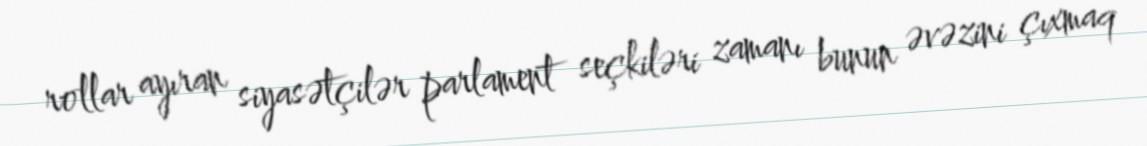
rollar ayıran siyasətçilər parlament seçkiləri zamanı bunun əvəzini çıxmaq